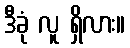
ဒီခုံ လူ ရှိလား။